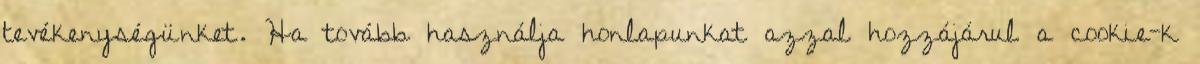
tevékenységünket. Ha tovább használja honlapunkat azzal hozzájárul a cookie-k